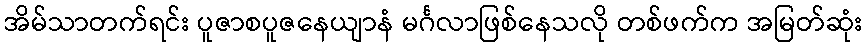
အိမ်သာတက်ရင်း ပူဇာစပူဇနေယျာနံ မင်္ဂလာဖြစ်နေသလို တစ်ဖက်က အမြတ်ဆုံး